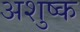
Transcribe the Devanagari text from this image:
अशुष्क